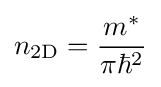
n_{\rm {2D}}={\frac {m^{*}}{\pi \hbar ^{2}}}